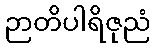
ဉာတိပါရိဇုညံ